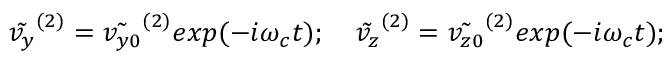
\tilde { v _ { y } } ^ { ( 2 ) } = \tilde { v _ { y 0 } } ^ { ( 2 ) } e x p ( - i \omega _ { c } t ) ; \quad \tilde { v _ { z } } ^ { ( 2 ) } = \tilde { v _ { z 0 } } ^ { ( 2 ) } e x p ( - i \omega _ { c } t ) ;